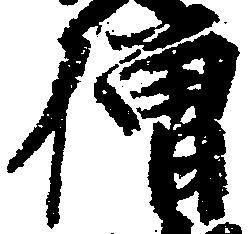
僧